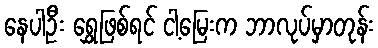
နေပါဦး ရွှေဖြစ်ရင် ငါ့မြေးက ဘာလုပ်မှာတုန်း